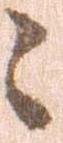
々